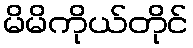
မိမိကိုယ်တိုင်